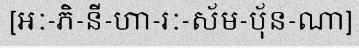
[អៈ-ភិ-នី-ហា-រៈ-ស័ម-ប៉័ន-ណា]